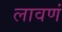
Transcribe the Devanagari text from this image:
लावणं